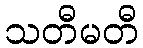
သတီမတီ